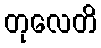
တုလေတိ